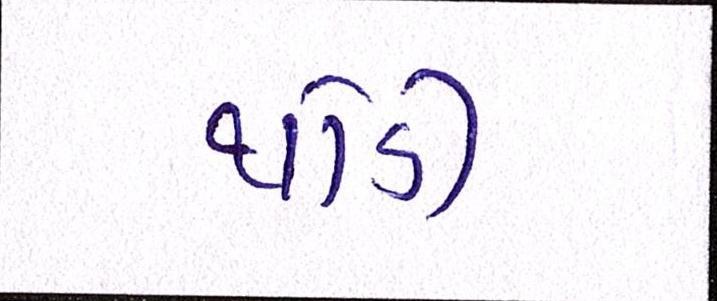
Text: થોડી